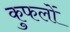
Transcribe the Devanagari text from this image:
कुफलों